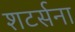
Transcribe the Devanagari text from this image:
शटर्सना